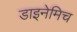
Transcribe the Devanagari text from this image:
डाइनेमिच